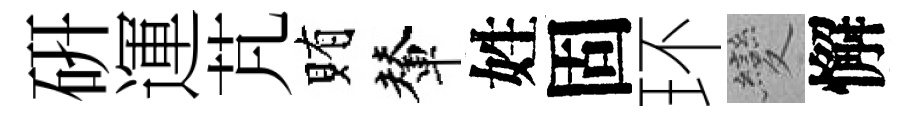
硏運芃賄輦姓固环變懈